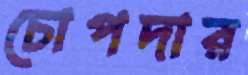
চোপদার